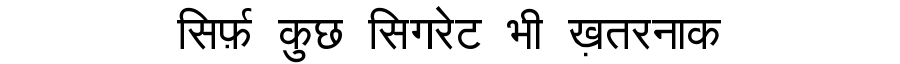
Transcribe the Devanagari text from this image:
सिर्फ़ कुछ सिगरेट भी ख़तरनाक